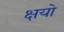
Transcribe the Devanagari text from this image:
क्षयो